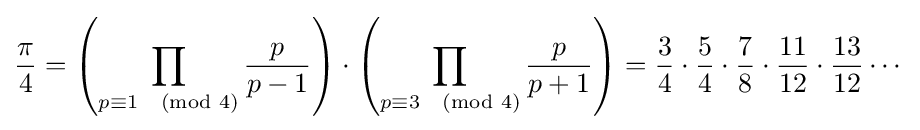
{\frac {\pi }{4}}=\left(\prod _{p\equiv 1{\pmod {4}}}{\frac {p}{p-1}}\right)\cdot \left(\prod _{p\equiv 3{\pmod {4}}}{\frac {p}{p+1}}\right)={\frac {3}{4}}\cdot {\frac {5}{4}}\cdot {\frac {7}{8}}\cdot {\frac {11}{12}}\cdot {\frac {13}{12}}\cdots